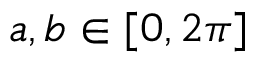
a , b \in [ 0 , 2 \pi ]